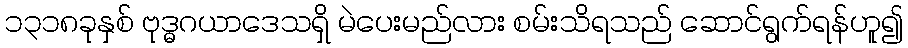
၁၃၁၈ခုနှစ် ဗုဒ္ဓဂယာဒေသရှိ မဲပေးမည်လား စမ်းသိရသည် ဆောင်ရွက်ရန်ဟူ၍